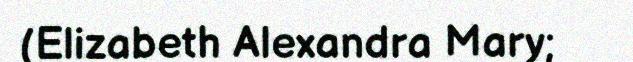
(Elizabeth Alexandra Mary;